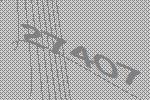
27407